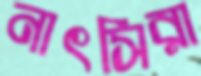
নাৎসিরা